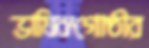
ভাষিকগোষ্ঠীর